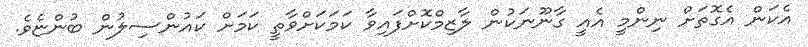
އެކަން އެގޮތަށް ނިންމީ އެއީ ގާނޫނަކުން ލާޒިމްކޮށްފައިވާ ކަމަކަށްވާތީ ކަމަށް ކައުންސިލުން ބުންޏެވެ.